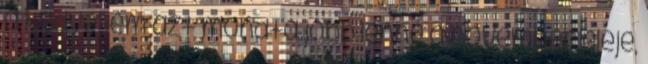
a kedvesem azt mondta jobb lenne a november eleje,